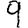
Digit: 9